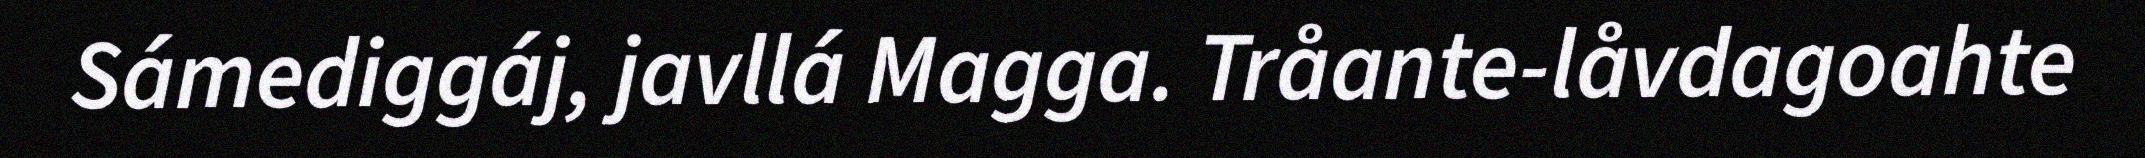
Sámediggáj, javllá Magga. Tråante-låvdagoahte